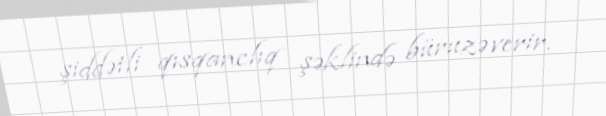
şiddətli qısqanclıq şəklində büruzə verir.